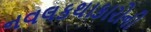
નવલકથાકારોની